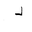
Letter: _dal